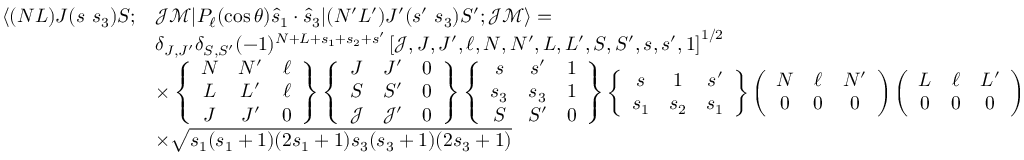
\begin{array} { r l } { \langle ( N L ) J ( s ~ s _ { 3 } ) S ; } & { \mathcal { J } \mathcal { M } | P _ { \ell } ( \cos \theta ) \hat { s } _ { 1 } \cdot \hat { s } _ { 3 } | ( N ^ { \prime } L ^ { \prime } ) J ^ { \prime } ( s ^ { \prime } ~ s _ { 3 } ) S ^ { \prime } ; \mathcal { J } \mathcal { M } \rangle = } \\ & { \delta _ { J , J ^ { \prime } } \delta _ { S , S ^ { \prime } } ( - 1 ) ^ { N + L + s _ { 1 } + s _ { 2 } + s ^ { \prime } } \left[ \mathcal { J } , J , J ^ { \prime } , \ell , N , N ^ { \prime } , L , L ^ { \prime } , S , S ^ { \prime } , s , s ^ { \prime } , 1 \right] ^ { 1 / 2 } } \\ & { \times \left\{ \begin{array} { c c c } { N } & { N ^ { \prime } } & { \ell } \\ { L } & { L ^ { \prime } } & { \ell } \\ { J } & { J ^ { \prime } } & { 0 } \end{array} \right\} \left\{ \begin{array} { c c c } { J } & { J ^ { \prime } } & { 0 } \\ { S } & { S ^ { \prime } } & { 0 } \\ { \mathcal { J } } & { \mathcal { J } ^ { \prime } } & { 0 } \end{array} \right\} \left\{ \begin{array} { c c c } { s } & { s ^ { \prime } } & { 1 } \\ { s _ { 3 } } & { s _ { 3 } } & { 1 } \\ { S } & { S ^ { \prime } } & { 0 } \end{array} \right\} \left\{ \begin{array} { c c c } { s } & { 1 } & { s ^ { \prime } } \\ { s _ { 1 } } & { s _ { 2 } } & { s _ { 1 } } \end{array} \right\} \left( \begin{array} { c c c } { N } & { \ell } & { N ^ { \prime } } \\ { 0 } & { 0 } & { 0 } \end{array} \right) \left( \begin{array} { c c c } { L } & { \ell } & { L ^ { \prime } } \\ { 0 } & { 0 } & { 0 } \end{array} \right) } \\ & { \times \sqrt { s _ { 1 } ( s _ { 1 } + 1 ) ( 2 s _ { 1 } + 1 ) s _ { 3 } ( s _ { 3 } + 1 ) ( 2 s _ { 3 } + 1 ) } } \end{array}